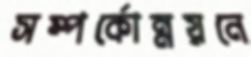
সম্পর্কোন্নয়নে